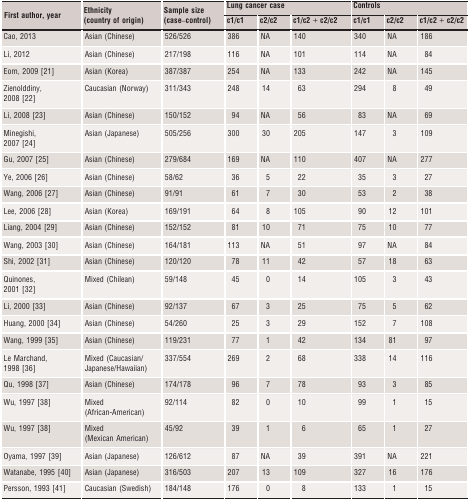
<table><thead><tr><td rowspan="2"><b>First author, year</b></td><td rowspan="2"><b>Ethnicity (country of origin)</b></td><td rowspan="2"><b>Sample size (case–control)</b></td><td colspan="3"><b>Lung cancer case</b></td><td colspan="3"><b>Controls</b></td></tr><tr><td><b>c1/c1</b></td><td><b>c2/c2</b></td><td><b>c1/c2 + c2/c2</b></td><td><b>c1/c1</b></td><td><b>c2/c2</b></td><td><b>c1/c2 + c2/c2</b></td></tr></thead><tbody><tr><td>Cao, 2013</td><td>Asian (Chinese)</td><td>526/526</td><td>386</td><td>NA</td><td>140</td><td>340</td><td>NA</td><td>186</td></tr><tr><td>Li, 2012</td><td>Asian (Chinese)</td><td>217/198</td><td>116</td><td>NA</td><td>101</td><td>114</td><td>NA</td><td>84</td></tr><tr><td>Eom, 2009 21</td><td>Asian (Korea)</td><td>387/387</td><td>254</td><td>NA</td><td>133</td><td>242</td><td>NA</td><td>145</td></tr><tr><td>Zienolddiny, 2008 22</td><td>Caucasian (Norway)</td><td>311/343</td><td>248</td><td>14</td><td>63</td><td>294</td><td>8</td><td>49</td></tr><tr><td>Li, 2008 23</td><td>Asian (Chinese)</td><td>150/152</td><td>94</td><td>NA</td><td>56</td><td>83</td><td>NA</td><td>69</td></tr><tr><td>Minegishi, 2007 24</td><td>Asian (Japanese)</td><td>505/256</td><td>300</td><td>30</td><td>205</td><td>147</td><td>3</td><td>109</td></tr><tr><td>Gu, 2007 25</td><td>Asian (Chinese)</td><td>279/684</td><td>169</td><td>NA</td><td>110</td><td>407</td><td>NA</td><td>277</td></tr><tr><td>Ye, 2006 26</td><td>Asian (Chinese)</td><td>58/62</td><td>36</td><td>5</td><td>22</td><td>35</td><td>3</td><td>27</td></tr><tr><td>Wang, 2006 27</td><td>Asian (Chinese)</td><td>91/91</td><td>61</td><td>7</td><td>30</td><td>53</td><td>2</td><td>38</td></tr><tr><td>Lee, 2006 28</td><td>Asian (Korea)</td><td>169/191</td><td>64</td><td>8</td><td>105</td><td>90</td><td>12</td><td>101</td></tr><tr><td>Liang, 2004 29</td><td>Asian (Chinese)</td><td>152/152</td><td>81</td><td>10</td><td>71</td><td>75</td><td>10</td><td>77</td></tr><tr><td>Wang, 2003 30</td><td>Asian (Chinese)</td><td>164/181</td><td>113</td><td>NA</td><td>51</td><td>97</td><td>NA</td><td>84</td></tr><tr><td>Shi, 2002 31</td><td>Asian (Chinese)</td><td>120/120</td><td>78</td><td>11</td><td>42</td><td>57</td><td>18</td><td>63</td></tr><tr><td>Quinones, 2001 32</td><td>Mixed (Chilean)</td><td>59/148</td><td>45</td><td>0</td><td>14</td><td>105</td><td>3</td><td>43</td></tr><tr><td>Li, 2000 33</td><td>Asian (Chinese)</td><td>92/137</td><td>67</td><td>3</td><td>25</td><td>75</td><td>5</td><td>62</td></tr><tr><td>Huang, 2000 34</td><td>Asian (Chinese)</td><td>54/260</td><td>25</td><td>3</td><td>29</td><td>152</td><td>7</td><td>108</td></tr><tr><td>Wang, 1999 35</td><td>Asian (Chinese)</td><td>119/231</td><td>77</td><td>1</td><td>42</td><td>134</td><td>81</td><td>97</td></tr><tr><td>Le Marchand, 1998 36</td><td>Mixed (Caucasian/Japanese/Hawaiian)</td><td>337/554</td><td>269</td><td>2</td><td>68</td><td>338</td><td>14</td><td>116</td></tr><tr><td>Qu, 1998 37</td><td>Asian (Chinese)</td><td>174/178</td><td>96</td><td>7</td><td>78</td><td>93</td><td>3</td><td>85</td></tr><tr><td>Wu, 1997 38</td><td>Mixed (African-American)</td><td>92/114</td><td>82</td><td>0</td><td>10</td><td>99</td><td>1</td><td>15</td></tr><tr><td>Wu, 1997 38</td><td>Mixed (Mexican American)</td><td>45/92</td><td>39</td><td>1</td><td>6</td><td>65</td><td>1</td><td>27</td></tr><tr><td>Oyama, 1997 39</td><td>Asian (Japanese)</td><td>126/612</td><td>87</td><td>NA</td><td>39</td><td>391</td><td>NA</td><td>221</td></tr><tr><td>Watanabe, 1995 40</td><td>Asian (Japanese)</td><td>316/503</td><td>207</td><td>13</td><td>109</td><td>327</td><td>16</td><td>176</td></tr><tr><td>Persson, 1993 41</td><td>Caucasian (Swedish)</td><td>184/148</td><td>176</td><td>0</td><td>8</td><td>133</td><td>1</td><td>15</td></tr></tbody></table>